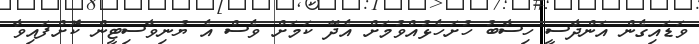
ވަޑައިގެން އަންދާސީ ހިސާބު ހުށަހެޅުއްވުމަށް އެދޭ ކަމަށް ވެސް އެ ޔުނިވާސިޓީން ކޮށްފައިވާ